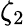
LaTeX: \zeta_{2}